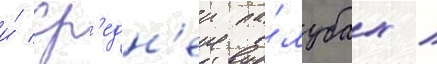
и́ ср'едн'еи па́лубах /